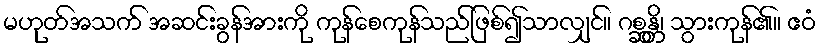
မဟုတ်အသက် အဆင်းခွန်အားကို ကုန်စေကုန်သည်ဖြစ်၍သာလျှင်။ ဂစ္ဆန္တိ၊ သွားကုန်၏။ ဧဝံ